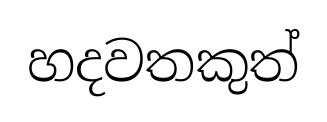
හදවතකුත්